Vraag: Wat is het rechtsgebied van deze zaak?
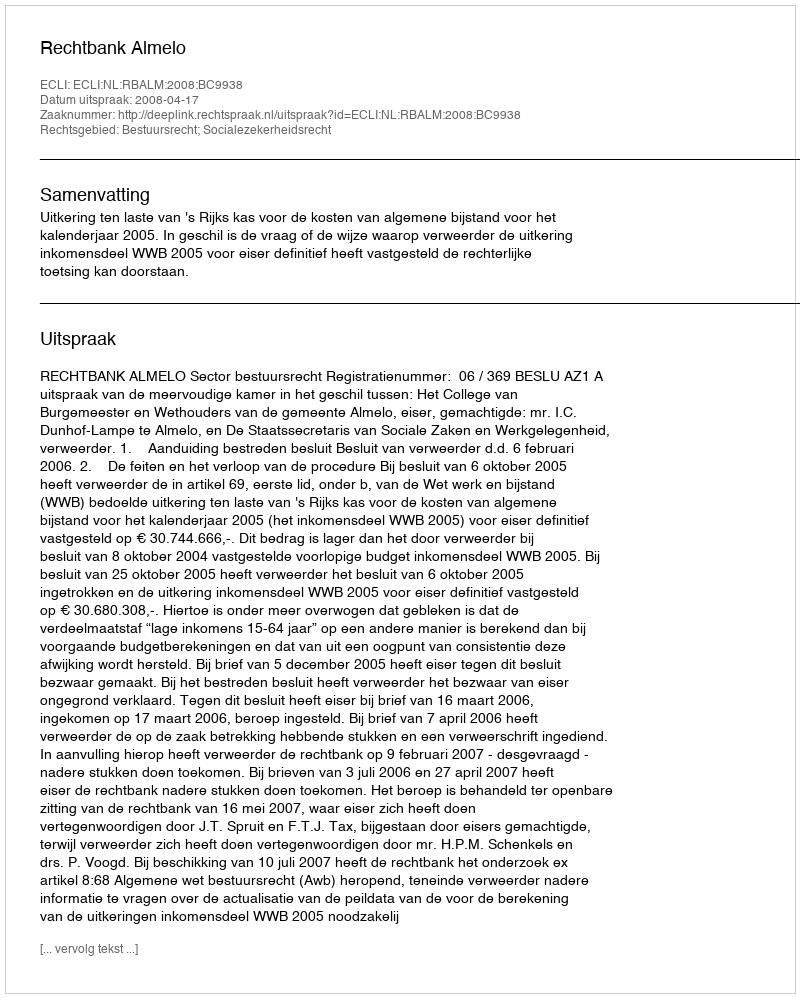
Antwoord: Bestuursrecht; Socialezekerheidsrecht